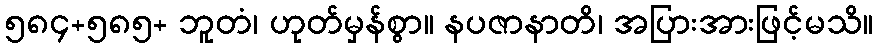
၅၈၄+၅၈၅+ ဘူတံ၊ ဟုတ်မှန်စွာ။ နပဇာနာတိ၊ အပြားအားဖြင့်မသိ။